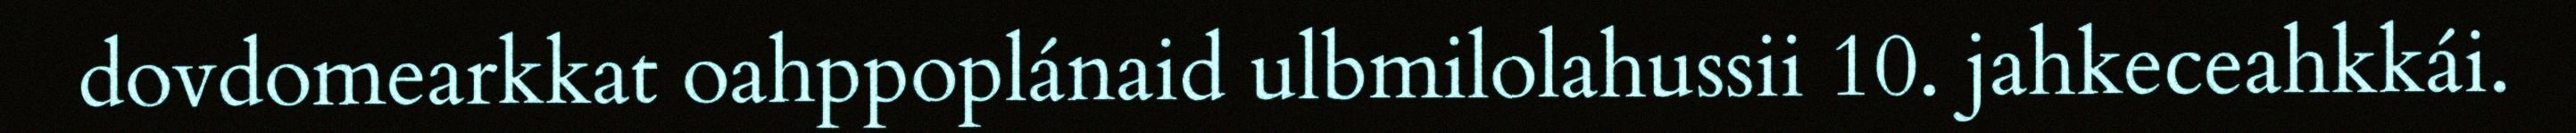
dovdomearkkat oahppoplánaid ulbmilolahussii 10. jahkeceahkkái.